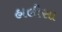
હાલીસા